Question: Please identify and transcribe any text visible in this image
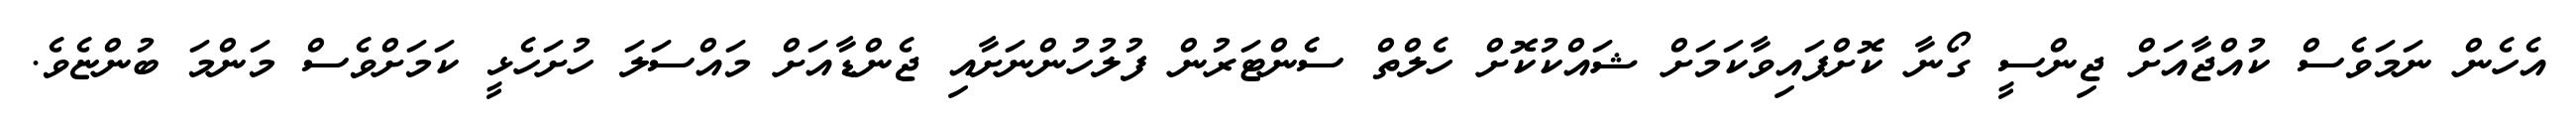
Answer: އެހެން ނަމަވެސް ކުއްޖާއަށް ޖިންސީ ގޯނާ ކޮށްފައިވާކަމަށް ޝައްކުކޮށް ހެލްތް ސެންޓަރުން ފުލުހުންނަށާއި ޖެންޑާއަށް މައްސަލަ ހުށަހެޅީ ކަމަށްވެސް މަންމަ ބުންޏެވެ.